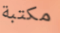
مكتبة